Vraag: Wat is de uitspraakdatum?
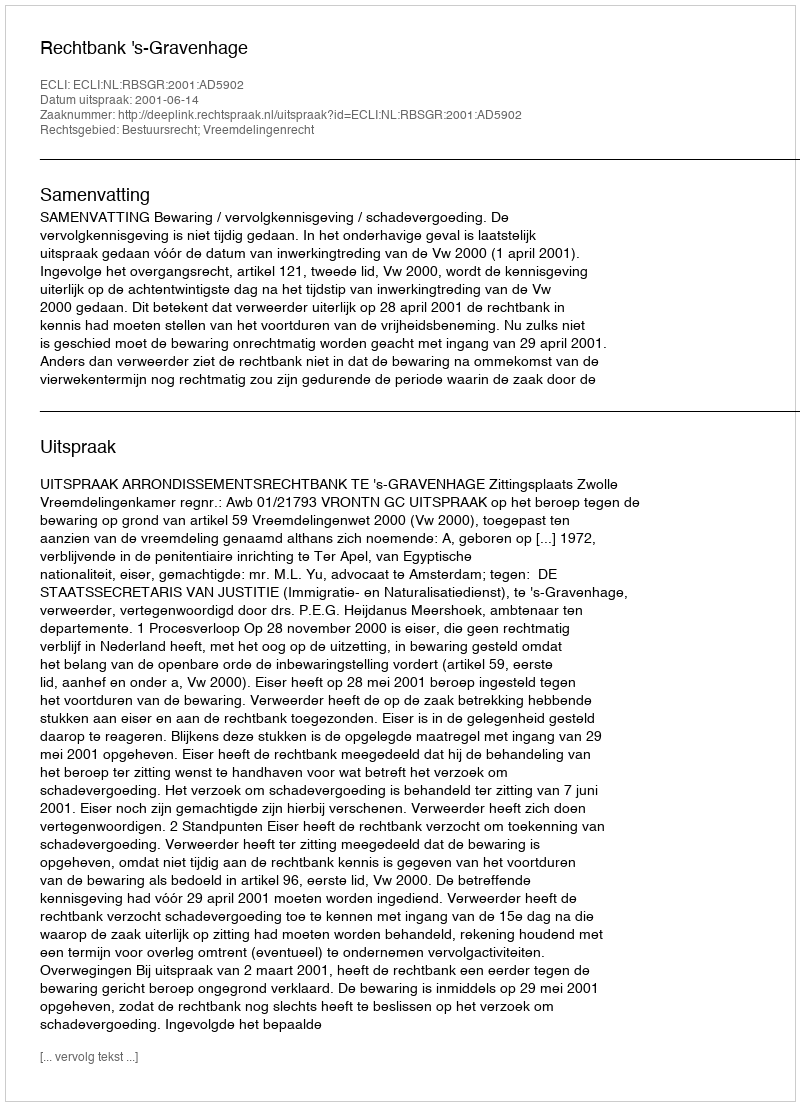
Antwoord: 2001-06-14